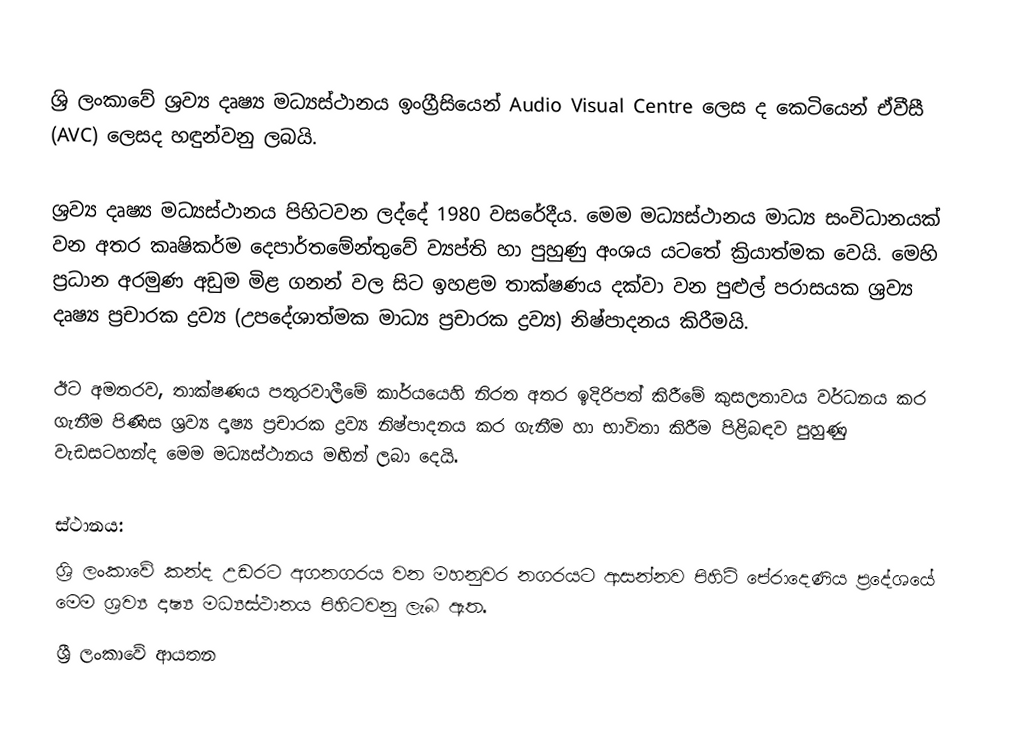
ශ්‍රි ලංකා‍වේ ශ්‍රව්‍ය දෘෂ්‍ය මධ්‍යස්ථානය ඉංග්‍රීසියෙන් Audio Visual Centre ලෙස ද කෙටියෙන් ඒවීසී (AVC) ලෙසද හඳුන්වනු ලබයි.

ශ්‍රව්‍ය දෘෂ්‍ය මධ්‍යස්ථානය පිහිටවන ලද්දේ 1980 වසරේදීය. මෙම මධ්‍යස්ථානය මාධ්‍ය සංවිධානයක් වන අතර කෘෂිකර්ම දෙපාර්ත‍මේන්තු‍වේ ව්‍යප්ති හා පුහුණු අංශය ය‍ටතේ ක්‍රියාත්මක වෙයි. මෙහි ප්‍රධාන අරමුණ අඩුම මිළ ගනන් වල සිට ඉහළම තාක්ෂණය දක්වා වන පුළුල් පරාසයක ශ්‍රව්‍ය දෘෂ්‍ය ප්‍රචාරක ද්‍රව්‍ය (උපදේශාත්මක මාධ්‍ය ප්‍රචාරක ද්‍රව්‍ය) නිෂ්පාදනය කිරීමයි.

ඊට අමතරව, තාක්ෂණය පතුරවාලී‍මේ කාර්යයෙහි නිරත අතර ඉදිරිපත් කිරී‍මේ කුසලතාවය වර්ධනය කර ගැනීම පිණිස ශ්‍රව්‍ය දෘෂ්‍ය ප්‍රචාරක ද්‍රව්‍ය නිෂ්පාදනය කර ගැනීම හා භාවිතා කිරීම පිළිබඳව පුහුණු වැඩසටහන්ද මෙම මධ්‍යස්ථානය මඟින් ලබා දෙයි.

ස්ථානය:
ශ්‍රි ලංකා‍වේ කන්ද උඩරට අගනගරය වන මහනුවර නගරයට ආසන්නව පිහිටි පේරාදෙණිය ‍ප්‍රදේශයේ මෙම ශ්‍රව්‍ය දෘෂ්‍ය මධ්‍යස්ථානය පිහිට‍වනු ලැබ ඇත.
ශ්‍රී ලංකාවේ ආයතන